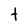
Character: t